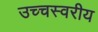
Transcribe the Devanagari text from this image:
उच्चस्वरीय